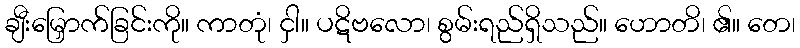
ချီးမြှောက်ခြင်းကို။ ကာတုံ၊ ငှါ။ ပဋိဗလော၊ စွမ်းရည်ရှိသည်။ ဟောတိ၊ ၏။ တေ၊